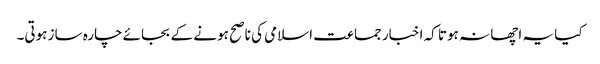
کیا یہ اچھا نہ ہوتا کہ اخبار جماعت اسلامی کی ناصح ہونے کے بجائے چارہ ساز ہوتی۔